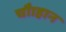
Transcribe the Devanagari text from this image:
चौाहान